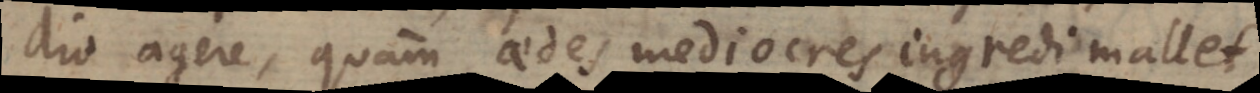
dio agere, quam aedes mediocres ingredi mallet.